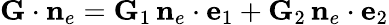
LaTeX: {\mathbf G}\cdot{{\mathbf n}}_{e}={\mathbf G}_{1}\, {{\mathbf n}}_{e}\cdot{\mathbf e}_{1}+{\mathbf G}_{2}\, {{\mathbf n}}_{e}\cdot{\mathbf e}_{2}